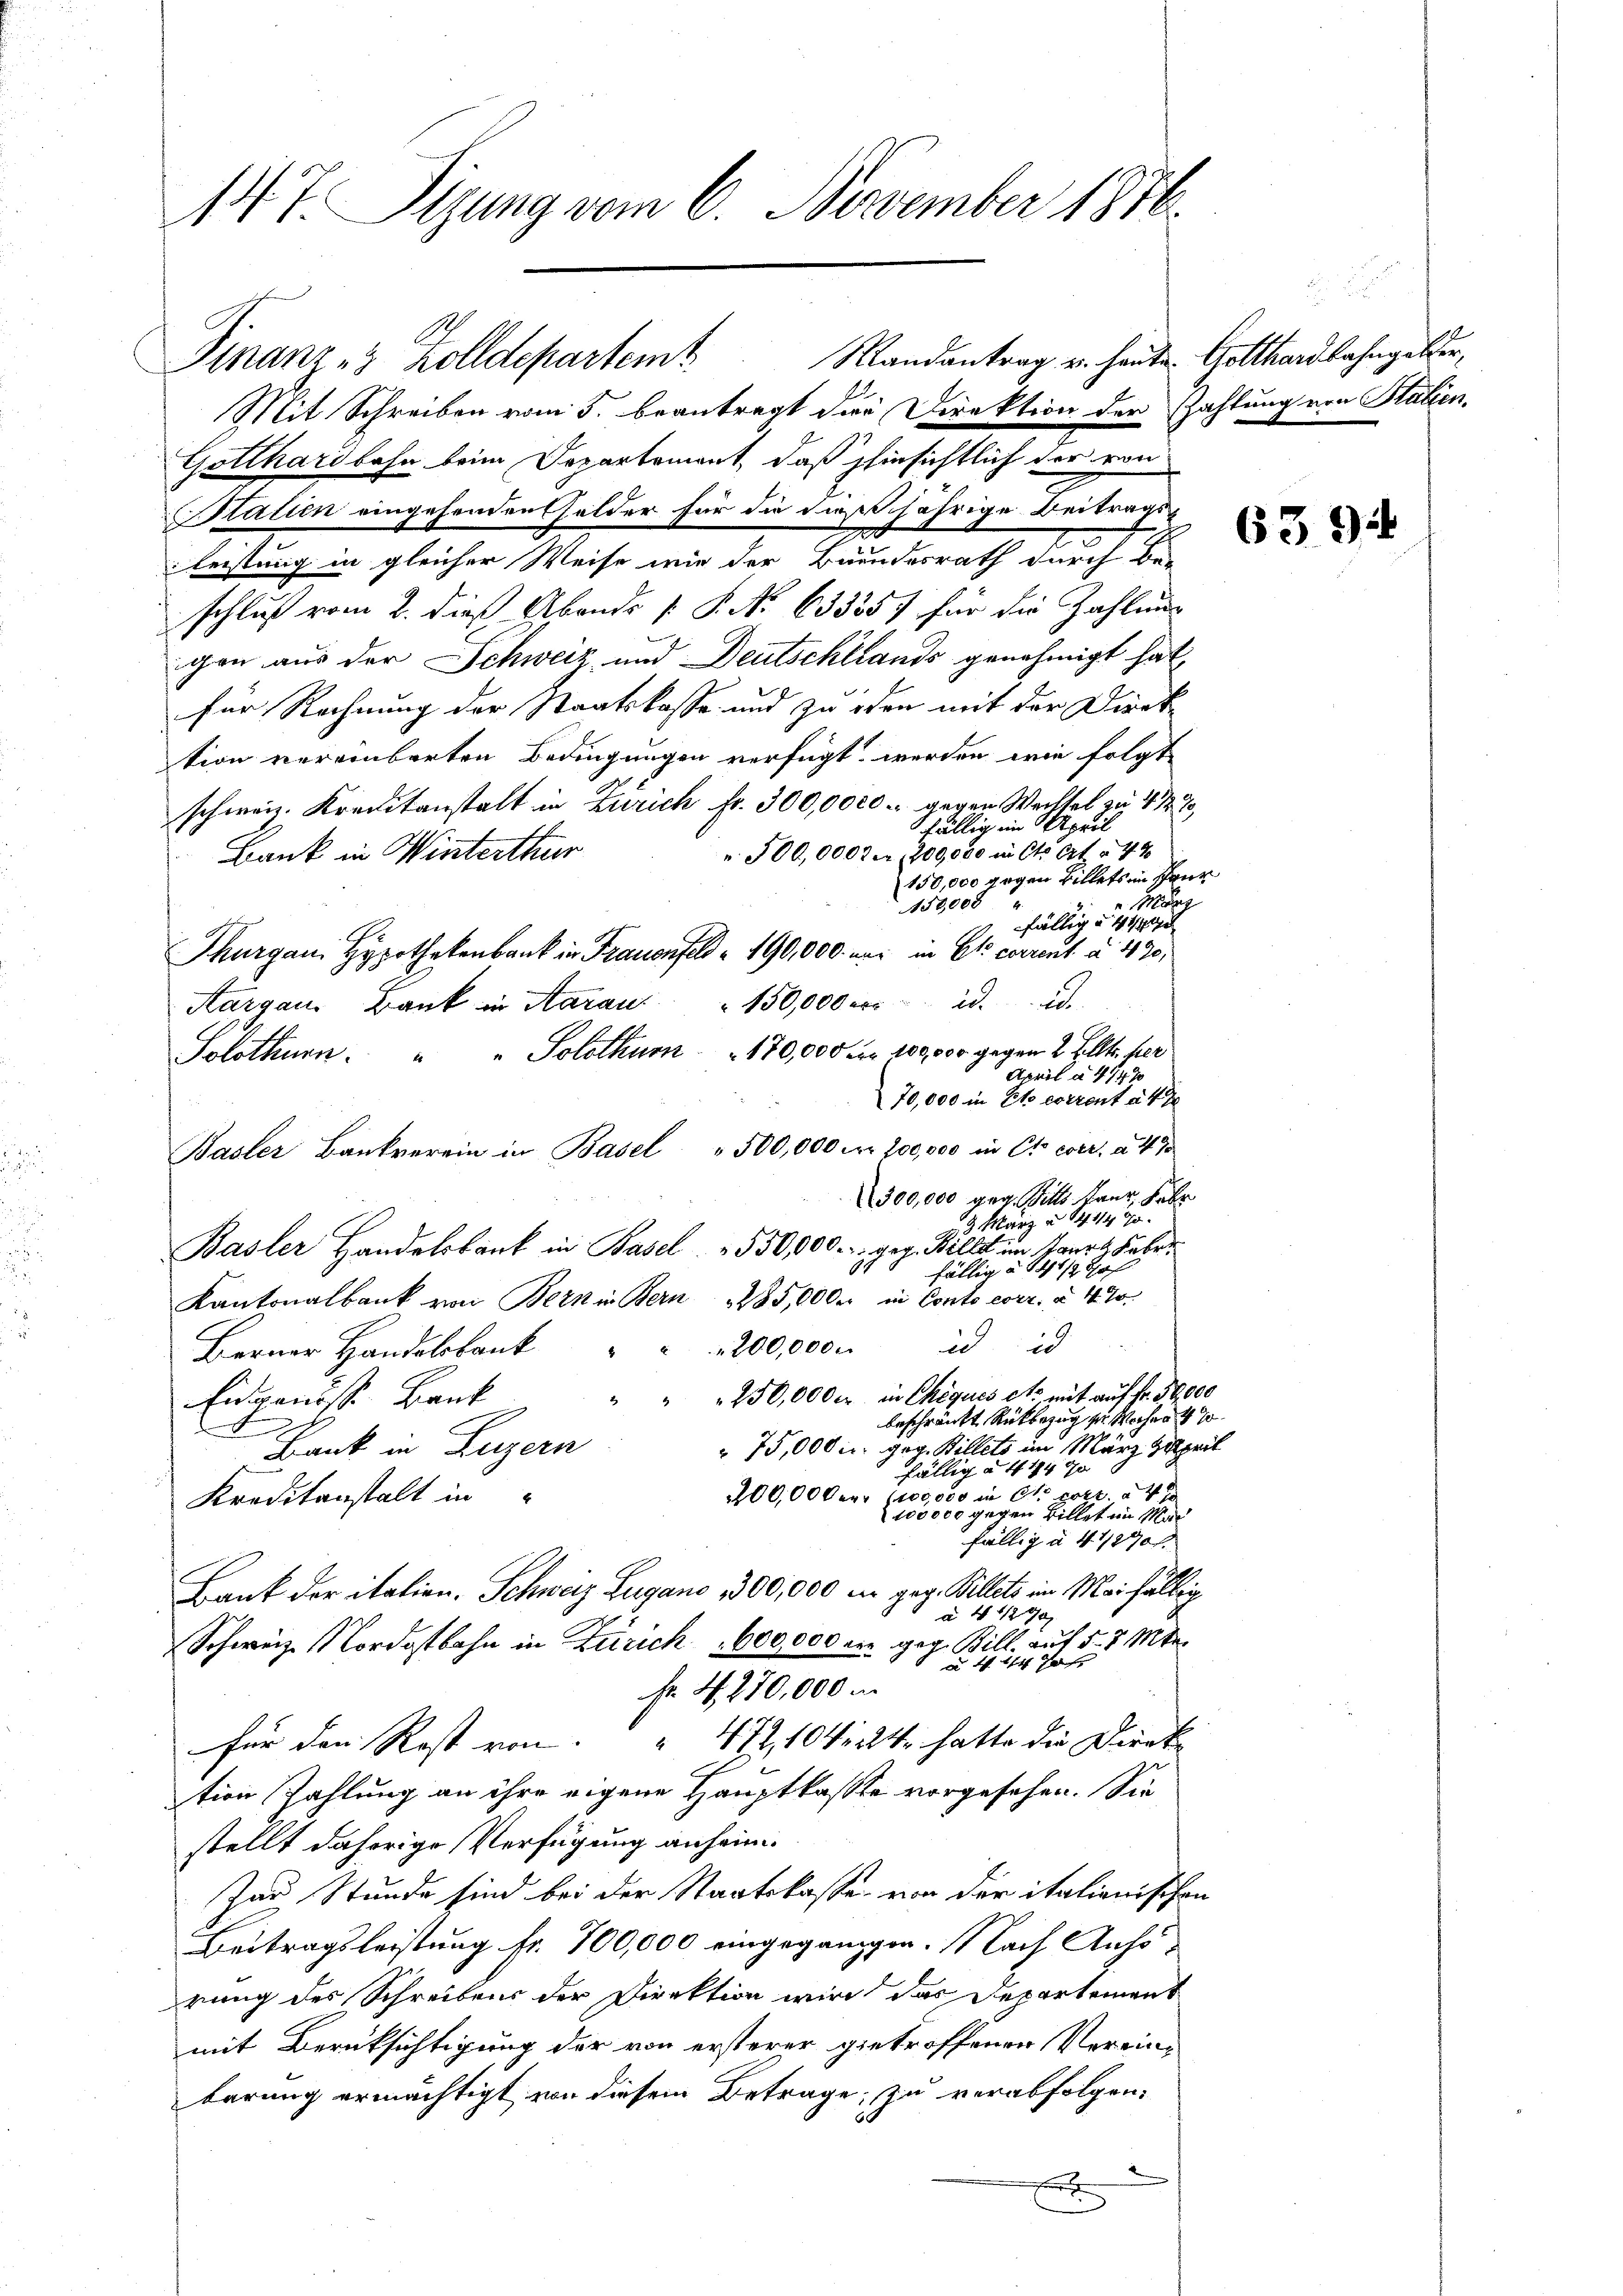
147. Sizung vom 6. November 1816.

Mit Schreiben vom 5. beantragt der Direktion der Zahlung von Stalien.
Gotthardbahn beim Departemont, daß hinsichtlich der von
Stalien eingehenden Gelder für die dießjährige Beitrags-
10
2
leistung in gleicher Weise wie der Bundesrath durch Be-
schluß vom 2. dieß Abends [ P. No 63355. für die Zahlung
gen aus der Schweiz und Deutschlands genehmigt hat,
für Rechnung der Staatskasse und zu iden mit der Direk
tion vereinbarten Bedingungen verfügt werden wie folgt
schweiz. Kreitanstalt in Zürich fr. 300,0000 - gegen Wechsel zu 4 ½ 2
fällig im Sperl
 500,000 fr 200,000 in Cts. Art. 42
Bank in Winterthur
150,000 gegen Billets in Paur
 März
150,000
fällig u. 41
Thurgau, Hypothekenbank in Frauenfeld - 190,000. war in Clo corrent à 420,
ad. 2
Solothurn. " " Solothurn 170,000 Fr. 100,000 gegen 2 Elltr. per
April à 4 147
70,000 in Eto corrent à 4 1
Basler Bankverein in Basel 500,000 Fr. 100,000 in Ct. coer à 470
300,000 geg. Bitts kann, Fabr
3 März u. 14114 90.
Basler Handelsbank in Basel. 550,000.- geg. Billit im Haart Febr
27
fällig auf 15 Ja
Kantonalbank von Bern in Bern 285,000 er in Conto corr. à 4%
idid
Berner Handelsbank 200,000
" " 250,000 Fr. in Chèques et mit auf fr. 50,000
Eidgenosse Bank
beschränkt Rückbezug zu Wochen 4 s
Bank in Luzern
75,000 M. geg. Billets im März Speil
fällig a 4 174 g
200,000 (100,000 M Ct. Pott. a 4 x
Kreditanstalt in
100000 gegen Billet im Mar
fällig à 4 1890
Bank der italien. Schweiz Lugano, 3300,000 in geg. Billets im Mai fällig
à 27/190
Schweiz. Nordostbahn in Zürich 600,000 der geg. Bill. auf 5. d. Mtr.

Fr. 4. 270,000 m
für den Rost von 477, 10 No 24. hatte die Direk
tion Zahlung an ihre eigene Hauptkasste vorgesehen. Sie
stellt daherige Verfügung anheim.
Zar Stunde sind bei der Staatskasse von der italienischen
Beitragsleistung fr. 700,000 eingegangen. Nach Anhörung des Schreibens der Direktion wird das Departement
mit Berüksichtigung der von ersterer getroffenen Vereinbarung ermächtigt von diesem Betrage, zu verabfolgen.
x

Aargau, Bank in Aarau " 150,000 er

Finanz-3 Zolldepartem Mandantrag u. heute. Gotthardbahngelder,

d

6394